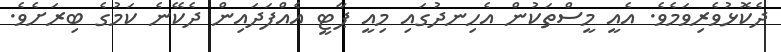
ދެކޮޅުވެރިވަމެވެ. އެއީ މީސްތަކުން އެހިނދުގައި މިއީ ޕާޓީ އެއްފަދައިން ދެކޭނެ ކަމުގެ ބިރަށެވެ.